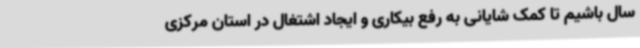
سال باشیم تا کمک شایانی به رفع بیکاری و ایجاد اشتغال در استان مرکزی